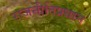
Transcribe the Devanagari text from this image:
राजनीतिप्रधान